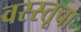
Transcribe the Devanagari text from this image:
वस्स्तूचा